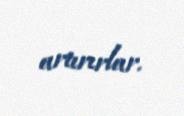
artırırlar.